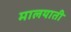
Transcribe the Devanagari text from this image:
मालयाती